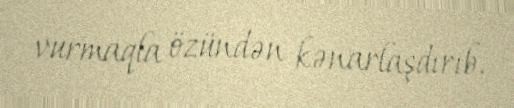
vurmaqla özündən kənarlaşdırıb.